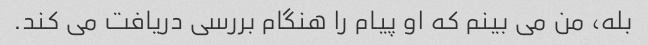
بله، من می بینم که او پیام را هنگام بررسی دریافت می کند.